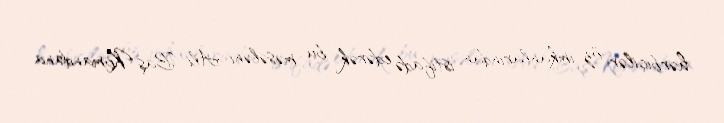
hərbiçilər öz imkanlarından istifadə edərək bu məsələni Ali Baş Komandana